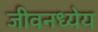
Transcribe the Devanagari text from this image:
जीवनध्येय